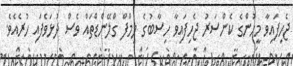
ޖެހިފައިވާ މީހުންގެ ކެންސަރު ޖެހިފައިވާ ހިސާބުގެ ލިމްފް ގްލޭންޑްތައް ވެސް ދުޅަވެފައި ހުރެއެވެ.